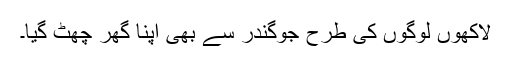
لاکھوں لوگوں کی طرح جوگندر سے بھی اپنا گھر چھٹ گیا۔